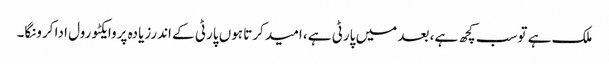
ملک ہے توسب کچھ ہے، بعد میں پارٹی ہے، امید کرتا ہوں پارٹی کے اندرزیادہ پروایکٹو رول ادا کرونگا۔